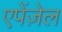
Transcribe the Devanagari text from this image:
एपेंज़ेल